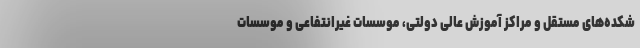
شکده‌های مستقل و مراکز آموزش عالی دولتی، موسسات غیرانتفاعی و موسسات